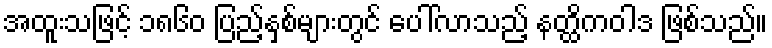
အထူးသဖြင့် ၁၈၆၀ ပြည့်နှစ်များတွင် ပေါ်လာသည့် နတ္ထိကဝါဒ ဖြစ်သည်။